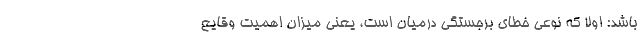
باشد: اولاً که نوعی خطای برجستگی درمیان است، یعنی میزان اهمیت وقایع